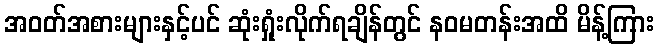
အဝတ်အစားများနှင့်ပင် ဆုံးရှုံးလိုက်ရချိန်တွင် နဝမတန်းအထိ မိန့်ကြား